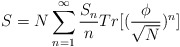
\begin{align*}S = N \sum_{n=1}^{\infty} \frac{S_{n}}{n} Tr[(\frac{\phi}{\sqrt N})^{n}]\end{align*}